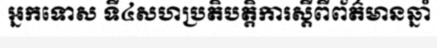
អ្នកទោស ទី៤សហប្រតិបត្តិការស្តីពីព័ត៌មានឆ្នាំ